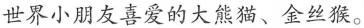
世界小朋友喜爱的大熊猫、金丝猴。